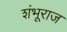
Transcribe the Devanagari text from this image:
शंभूराज